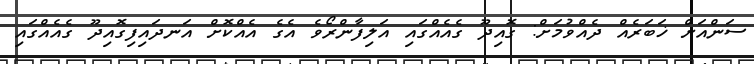
ސަންއަށް ޚަބަރެއް ދެއްވުމަށް: ގޮއިދޫ ގެއެއްގައި އަލިފާންރޯވެ އެގެ އެއްކޮށް އަނދައިފިގޮއިދޫ ގެއެއްގައި